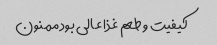
کیفیت و طعم غذا عالی بود ممنون